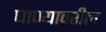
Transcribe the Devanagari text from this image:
घाण्यावरील